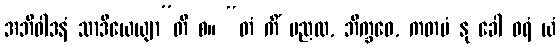
အဘိဝါဒနံ သာဒိယေယျာ”တိ စ။ “တံ ကိံ မညထ, ဘိက္ခဝေ, ကတမံ နု ခေါ ဝရံ ယံ